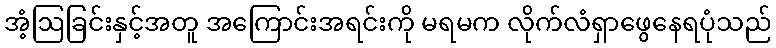
အံ့ဩခြင်းနှင့်အတူ အကြောင်းအရင်းကို မရမက လိုက်လံရှာဖွေနေရပုံသည်